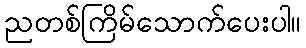
ညတစ်ကြိမ်သောက်ပေးပါ။